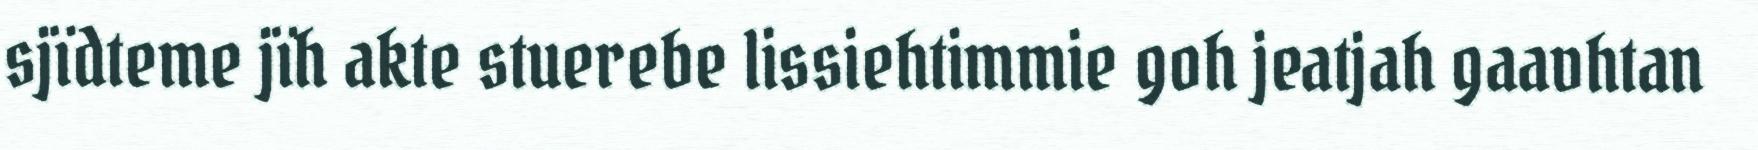
sjïdteme jïh akte stuerebe lissiehtimmie goh jeatjah gaavhtan